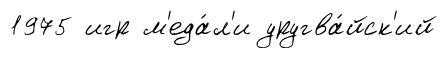
1975 игр м'еда́л'и уругва́йск'ий